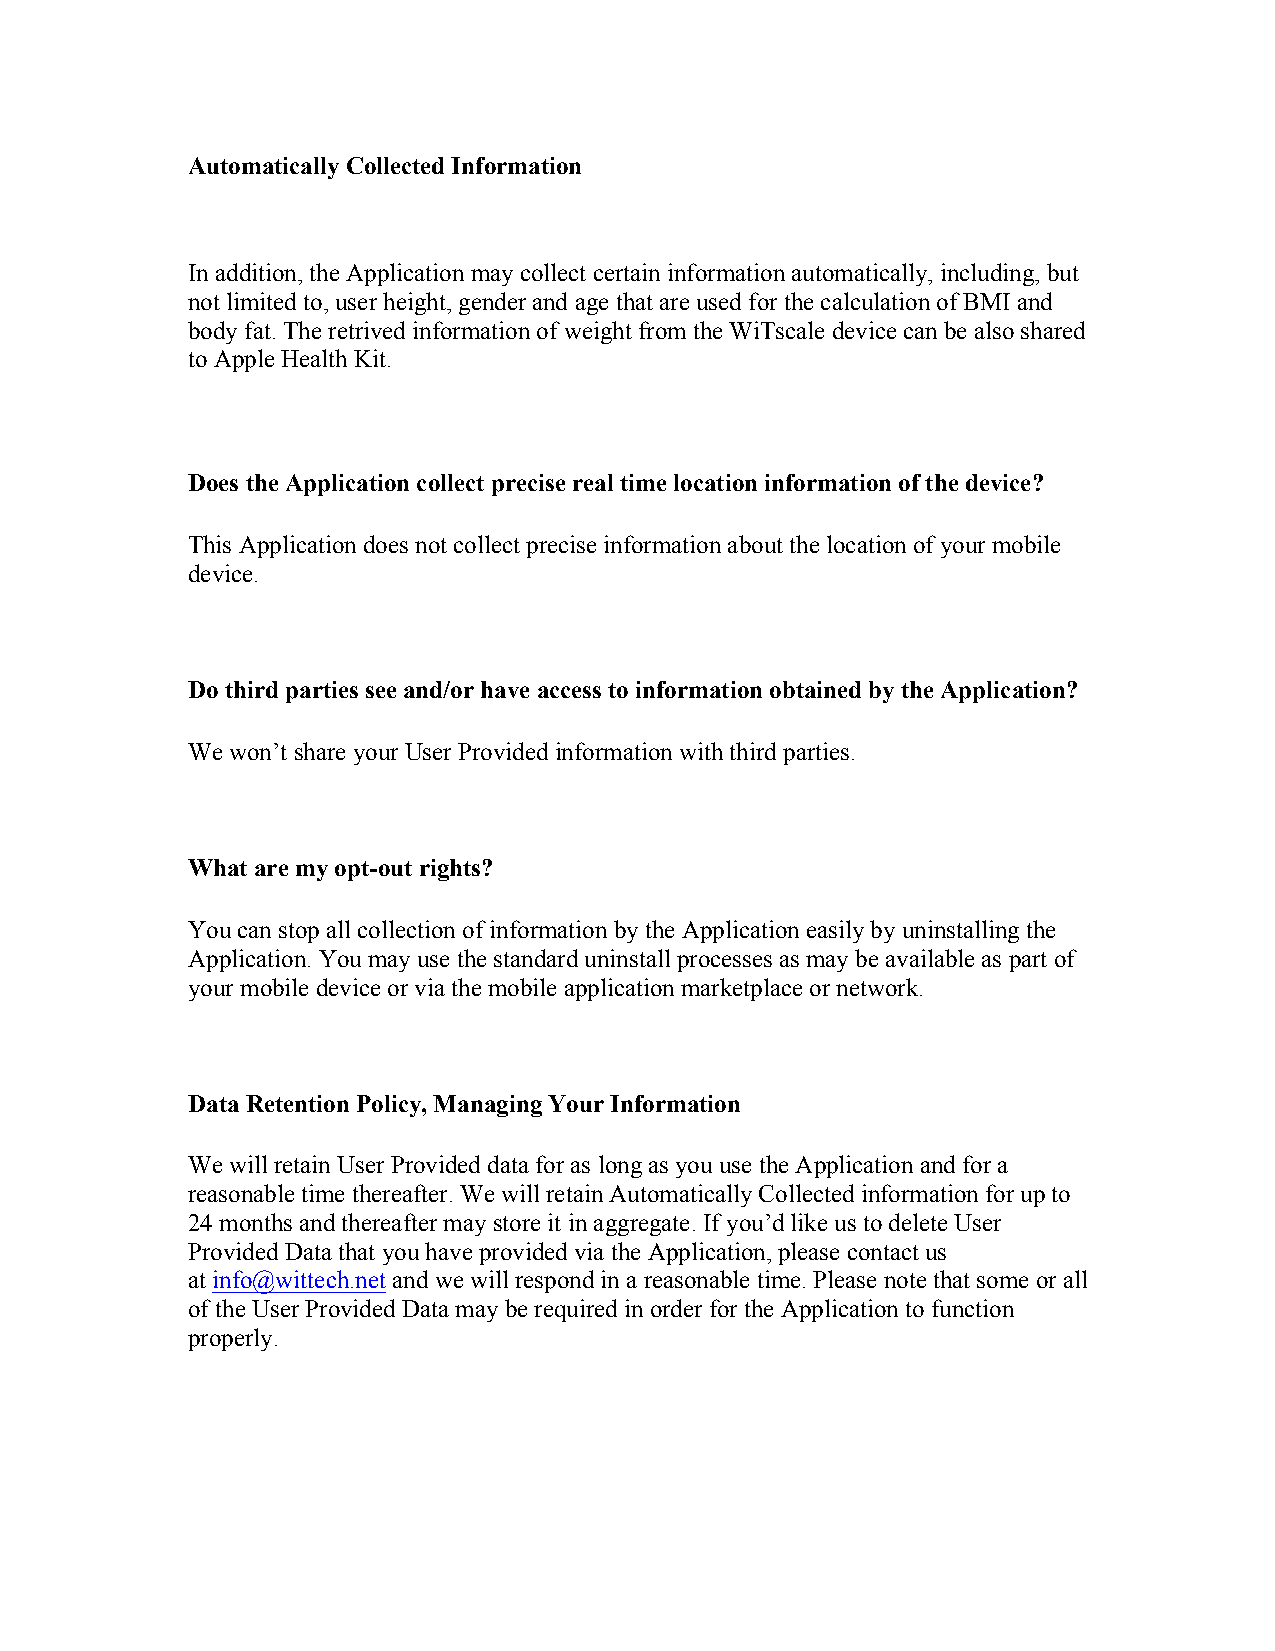
Automatically Collected Information
 In addition, the Application may collect certain information automatically, including, but
 not limited to, user height, gender and age that are used for the calculation of BMI and
 body fat. The retrived information of weight from the WiTscale device can be also shared
 to Apple Health Kit.
 Does the Application collect precise real time location information of the device?
 This Application does not collect precise information about the location of your mobile
 device.
 Do third parties see and/or have access to information obtained by the Application?
 We won’t share your User Provided information with third parties.
 What are my opt-out rights?
 You can stop all collection of information by the Application easily by uninstalling the
 Application. You may use the standard uninstall processes as may be available as part of
 your mobile device or via the mobile application marketplace or network.
 Data Retention Policy, Managing Your Information
 We will retain User Provided data for as long as you use the Application and for a
 reasonable time thereafter. We will retain Automatically Collected information for up to
 24 months and thereafter may store it in aggregate. If you’d like us to delete User
 Provided Data that you have provided via the Application, please contact us
 at info@wittech.net and we will respond in a reasonable time. Please note that some or all
 of the User Provided Data may be required in order for the Application to function
 properly.